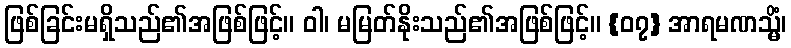
ဖြစ်ခြင်းမရှိသည်၏အဖြစ်ဖြင့်။ ဝါ၊ မမြတ်နိုးသည်၏အဖြစ်ဖြင့်။ {၀၇} အာရမဏသ္မိံ၊